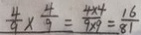
\frac { 4 } { 9 } \times \frac { 4 } { 9 } = \frac { 4 \times 4 } { 9 \times 9 } = \frac { 1 6 } { 8 1 }